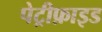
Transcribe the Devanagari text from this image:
पेट्रीफ़ाइड